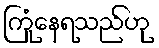
ကြုံနေရသည်ဟု